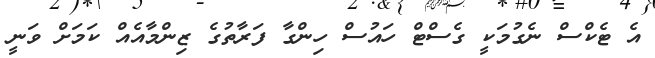
އެ ޓެކްސް ނެގުމަކީ ގެސްޓް ހައުސް ހިންގާ ފަރާތުގެ ޒިންމާއެއް ކަމަށް ވަނީ